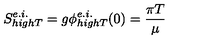
S _ { h i g h T } ^ { e . i . } = g \phi _ { h i g h T } ^ { e . i . } ( 0 ) = \frac { \pi T } { \mu }